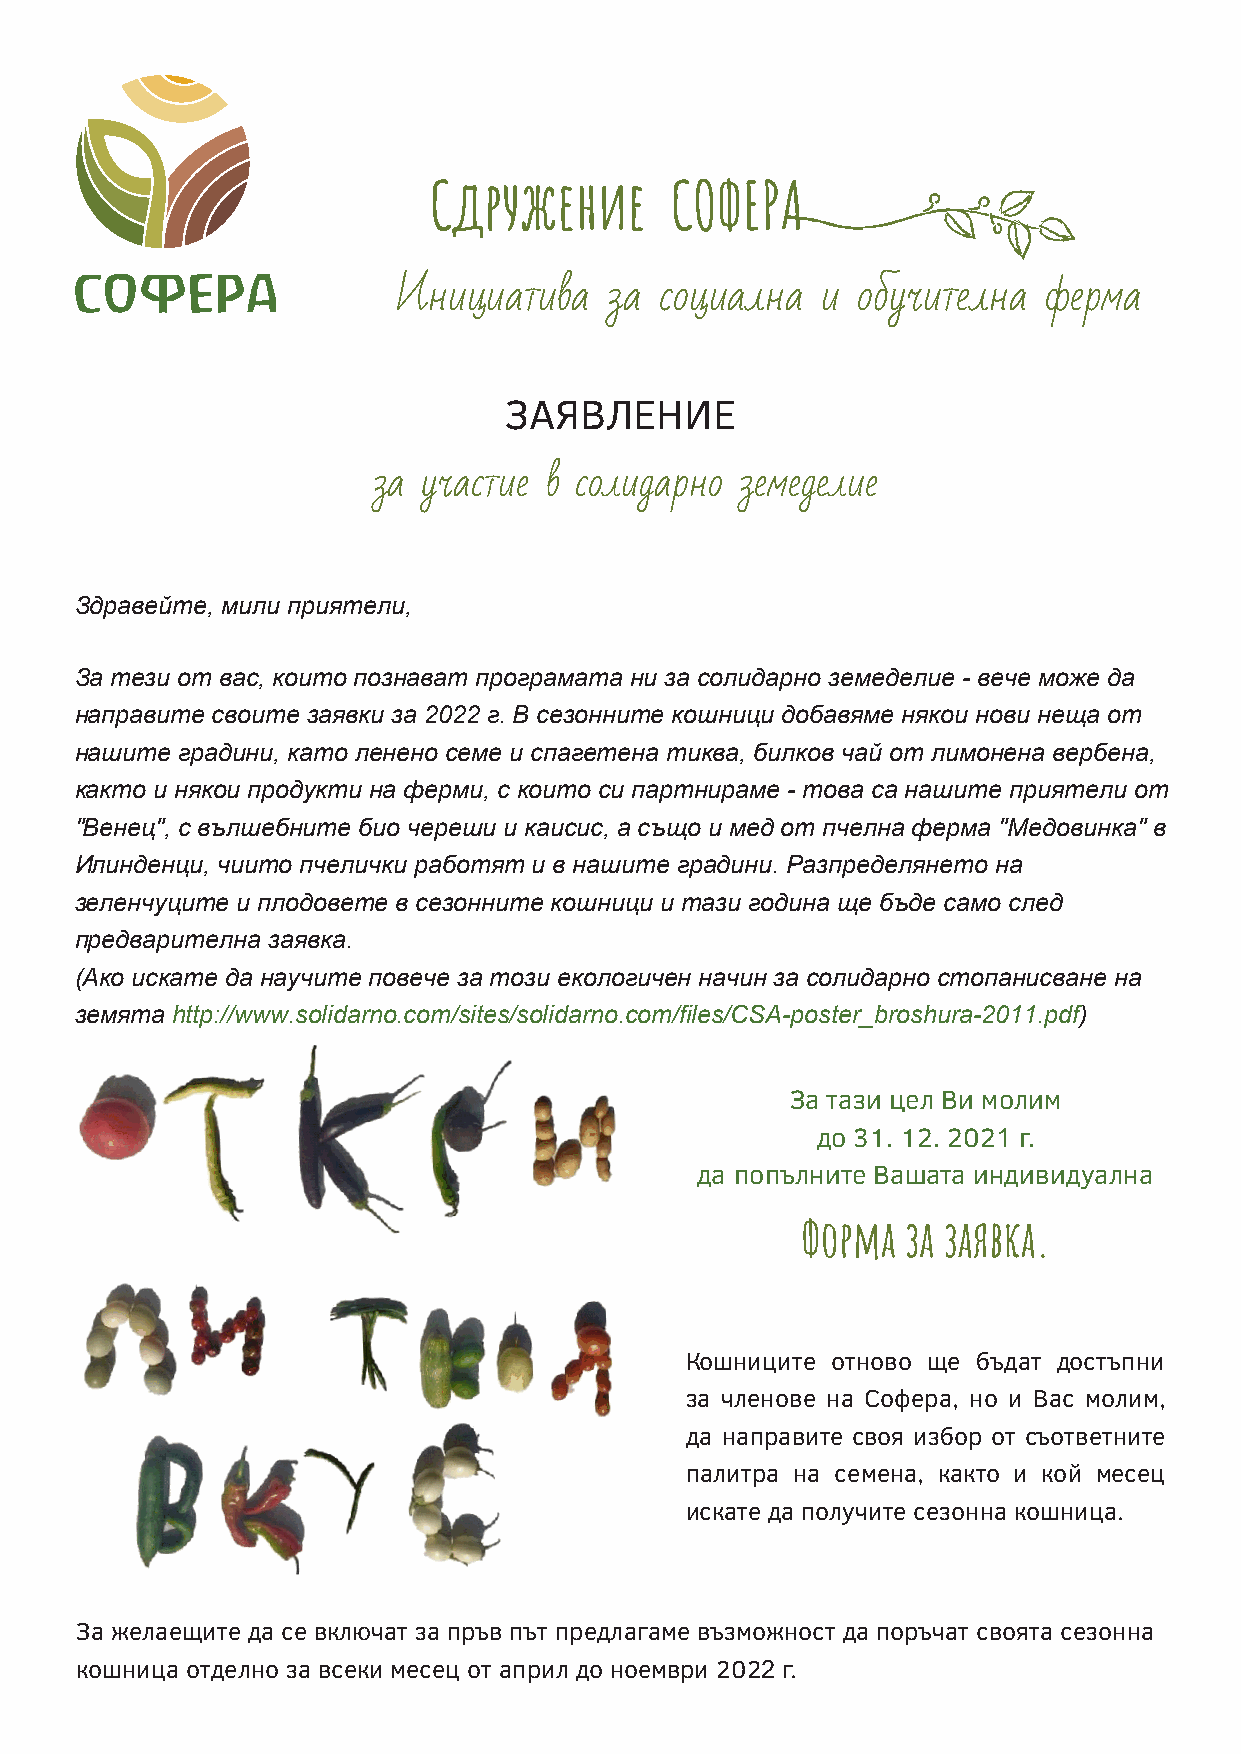
Сдружение       СОФЕРА
 Инициатива    за  социална  и  обучителна  ферма
 ЗАЯВЛЕНИЕ
 за участие в солидарно  земеделие
 Здравейте, мили приятели,
 За тези от вас, които познават програмата ни за солидарно земеделие - вече може да
 направите своите заявки за 2022 г. В сезонните кошници добавяме някои нови неща от
 нашите градини, като ленено семе и спагетена тиква, билков чай от лимонена вербена,
 както и някои продукти на ферми, с които си партнираме - това са нашите приятели от
 "Венец", с вълшебните био череши и каисис, а също и мед от пчелна ферма "Медовинка" в
 Илинденци, чиито пчелички работят и в нашите градини. Разпределянето на
 зеленчуците и плодовете в сезонните кошници и тази година ще бъде само след
 предварителна заявка.
 (Ако искате да научите повече за този екологичен начин за солидарно стопанисване на
 земята http://www.solidarno.com/sites/solidarno.com/files/CSA-poster_broshura-2011.pdf)
 За тази цел Ви молим
 до 31. 12. 2021 г.
 да попълните Вашата индивидуална
 Форма  за заявка.
 Кошниците отново ще бъдат достъпни
 за членове на Софера, но и Вас молим,
 да направите своя избор от съответните
 палитра на семена, както и кой месец
 искате да получите сезонна кошница.
 За желаещите да се включат за пръв път предлагаме възможност да поръчат своята сезонна
 кошница отделно за всеки месец от април до ноември 2022 г.